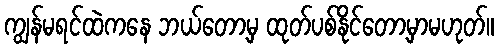
ကျွန်မရင်ထဲကနေ ဘယ်တော့မှ ထုတ်ပစ်နိုင်တော့မှာမဟုတ်။